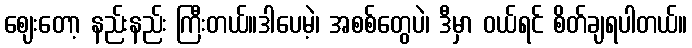
ဈေးတော့ နည်းနည်း ကြီးတယ်။ဒါပေမဲ့၊ အစစ်တွေပဲ၊ ဒီမှာ ဝယ်ရင် စိတ်ချရပါတယ်။